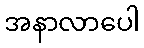
အနာလာပေါ